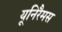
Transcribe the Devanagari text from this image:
यूनिरैमस